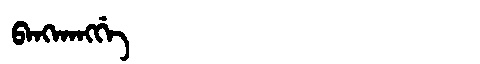
Manchu: ᠪᠠᠩᡴᠠᠩᡤᡝ
Romanization: BANGKANGGE